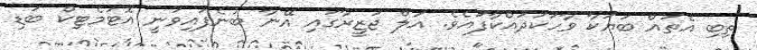
ތިބި އެތައް ބަޔަކާ ވާހަކަދައްކާފައެވެ. އަލް ޖަޒީރާގައި އޭނާ ބުނެފައިވަނީ އޮޓަމެޓިކް ބަޑި